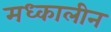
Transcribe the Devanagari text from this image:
मध्कालीन